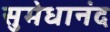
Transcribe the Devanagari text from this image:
सुमेधानंद